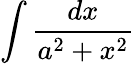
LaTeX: \int{\frac{dx}{a^{2}+x^{2}}}